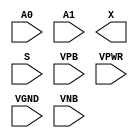
module sky130_fd_sc_ms__mux2 (
    //# {{data|Data Signals}}
    input  A0  ,
    input  A1  ,
    output X   ,

    //# {{control|Control Signals}}
    input  S   ,

    //# {{power|Power}}
    input  VPB ,
    input  VPWR,
    input  VGND,
    input  VNB
);
endmodule